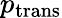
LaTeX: p_{\mathrm{trans}}